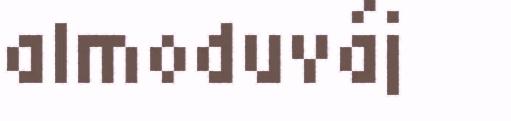
almoduváj